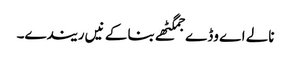
نالے اے وڈے جمگٹھے بنا کے نیں ریندے۔